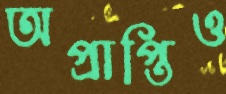
অপ্রাপ্তিও